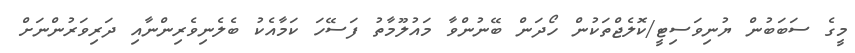
މީގެ ސަބަބުން ޔުނިވަސިޓީ/ކޮލެޖްތަކުން ހޯދަން ބޭނުންވާ މައުލޫމާތު ފަސޭހަ ކަމާއެކު ބެލެނިވެރިންނާއި ދަރިވަރުންނަށް